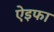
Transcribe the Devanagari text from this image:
ऐइफा